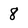
Character: 8